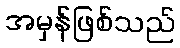
အမှန်ဖြစ်သည်